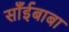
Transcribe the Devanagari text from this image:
साँईबाबा